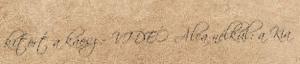
kitört a káosz – VIDEÓ Álca nélkül: a Kia